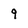
Character: 9